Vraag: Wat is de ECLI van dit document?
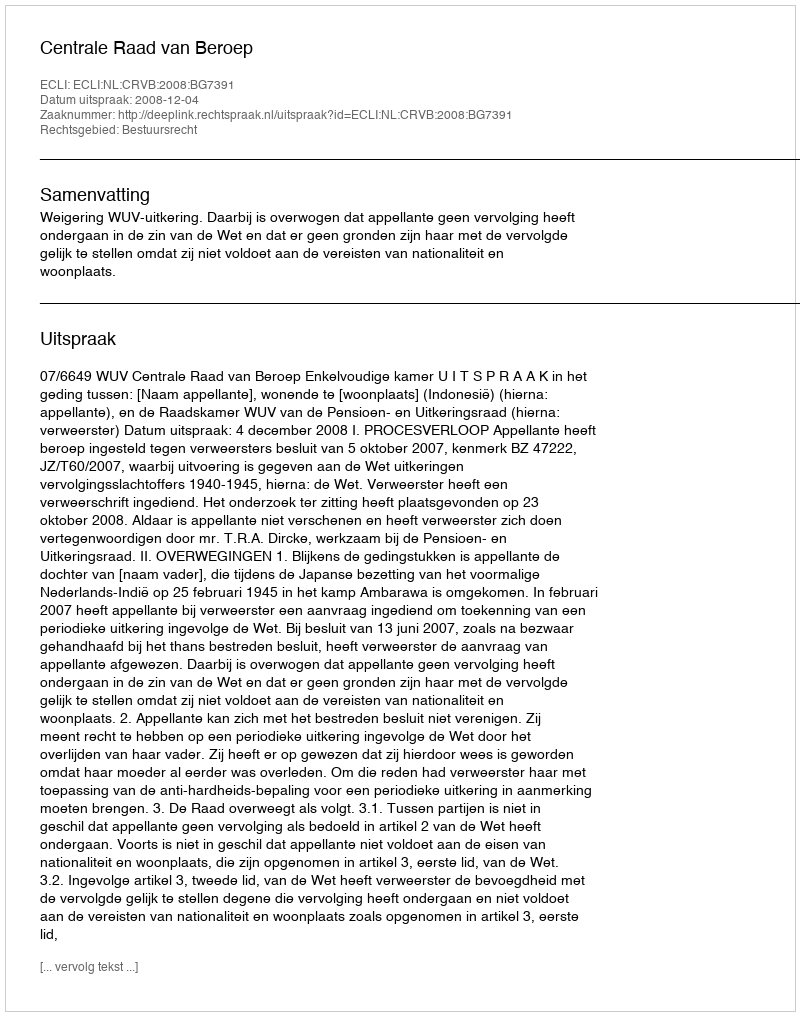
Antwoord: ECLI:NL:CRVB:2008:BG7391